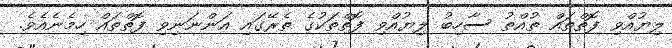
ލިޔުއްވި ފޮތްތައް ތުއްތު ސާހިބު ލިޔުއްވި ފޮތްތަކުގެ ތެރޭގައި އަންނަނިވި ފޮތްތައް ހިމެނެއެވެ.